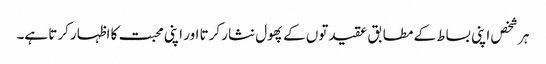
ہر شخص اپنی بساط کے مطابق عقیدتوں کے پھول نثار کرتا اور اپنی محبت کا اظہار کرتا ہے۔